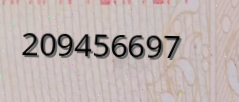
209456697